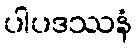
ပါပဒဿနံ